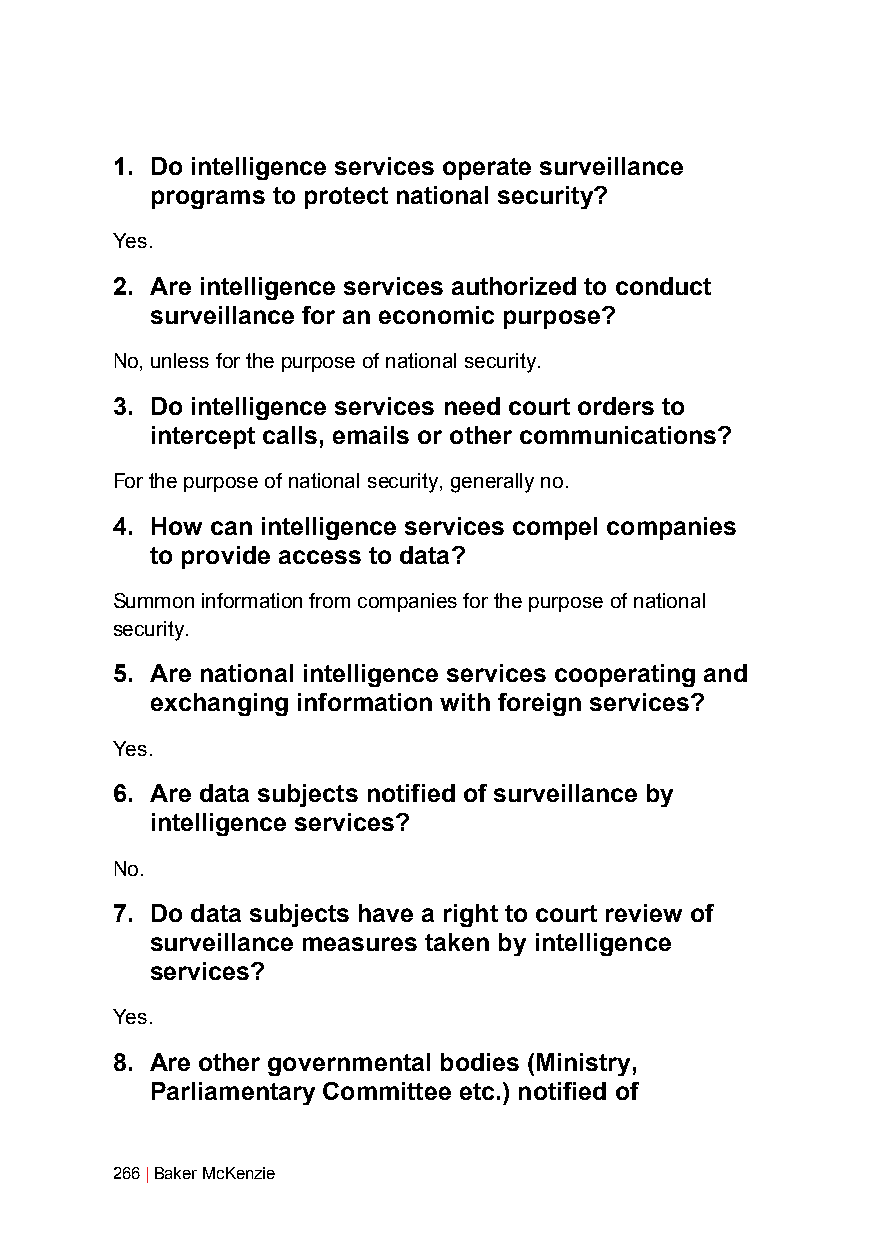
1. Do intelligence services operate surveillance
 programs to protect national security?
 Yes.
 2. Are intelligence services authorized to conduct
 surveillance for an economic purpose?
 No, unless for the purpose of national security.
 3. Do intelligence services need court orders to
 intercept calls, emails or other communications?
 For the purpose of national security, generally no.
 4. How can intelligence services compel companies
 to provide access to data?
 Summon information from companies for the purpose of national
 security.
 5. Are national intelligence services cooperating and
 exchanging information with foreign services?
 Yes.
 6. Are data subjects notified of surveillance by
 intelligence services?
 No.
 7. Do data subjects have a right to court review of
 surveillance measures taken by intelligence
 services?
 Yes.
 8. Are other governmental bodies (Ministry,
 Parliamentary Committee etc.) notified of
 266 | Baker McKenzie